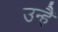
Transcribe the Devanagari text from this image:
उन्हैं